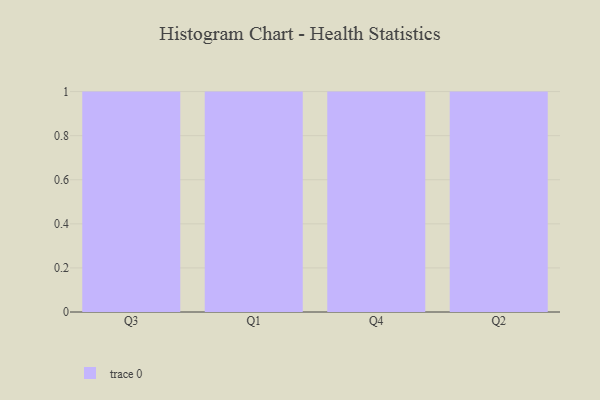
{"axis": {"x": "Quarter", "y": "Page Views"}, "legend": [""], "data": [{"x": "Q3", "y": 52, "type": ""}, {"x": "Q1", "y": 74, "type": ""}, {"x": "Q4", "y": 18, "type": ""}, {"x": "Q2", "y": 11, "type": ""}]}